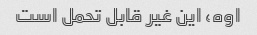
اوه، این غیر قابل تحمل است